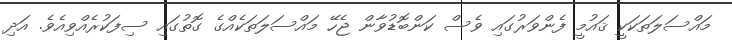
މައްސަލަތަކަކީ ޤައުމީ ފެންވަރުގައި ވެސް ކަންބޮޑުވާން ޖެހޭ މައްސަލަތަކެއްގެ ގޮތުގައި ސިފަކުރެއްވިއެވެ. އަދި